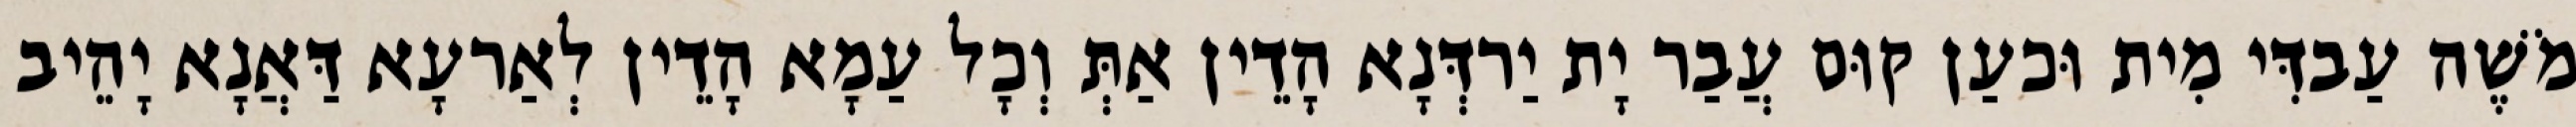
מֹשֶׁה עַבדִּי מִית וּכעַן קוּם עֲבַר יָת יַרדְּנָא הָדֵין אַתְּ וְכָל עַמָא הָדֵין לְאַרעָא דַּאֲנָא יָהֵיב